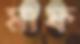
মাফ